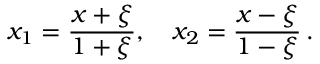
x _ { 1 } = \frac { x + \xi } { 1 + \xi } , \quad x _ { 2 } = \frac { x - \xi } { 1 - \xi } \, .